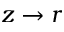
z \rightarrow r